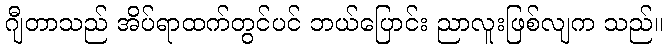
ဂျီတာသည် အိပ်ရာထက်တွင်ပင် ဘယ်ပြောင်း ညာလူးဖြစ်လျက သည်။